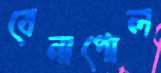
বেনাপোল